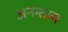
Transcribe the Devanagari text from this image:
अनन्ताय